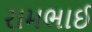
રામભાઈ